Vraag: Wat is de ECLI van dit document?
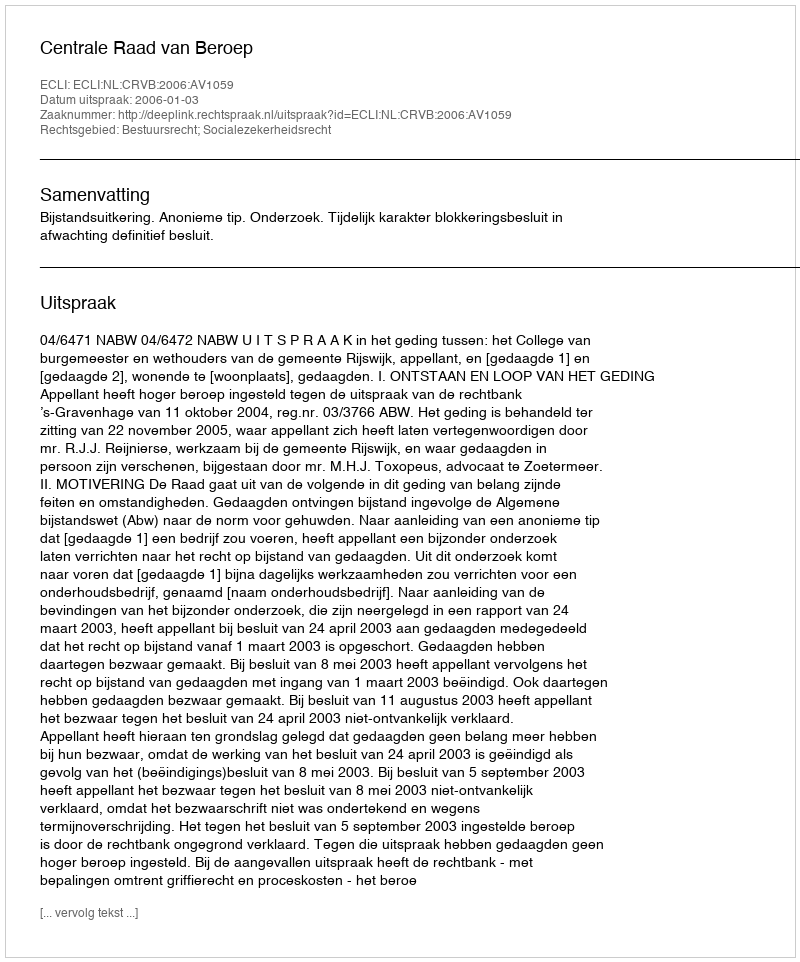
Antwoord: ECLI:NL:CRVB:2006:AV1059